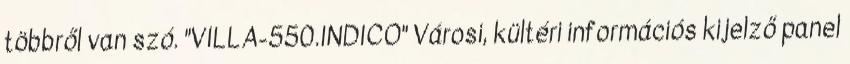
többről van szó. "VILLA-550.INDICO" Városi, kültéri információs kijelző panel